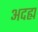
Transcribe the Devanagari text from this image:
अदह्य